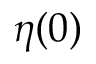
\eta ( 0 )